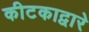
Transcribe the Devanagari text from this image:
कीटकाद्वारे